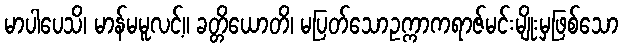
မာပါပေသိ၊ မာန်မမူလင့်။ ခတ္တိယောတိ၊ မပြတ်သောဥက္ကာကရာဇ်မင်းမျိုးမှဖြစ်သော